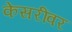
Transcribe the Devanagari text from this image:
केसरींवर